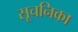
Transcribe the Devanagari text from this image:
सूचनिका